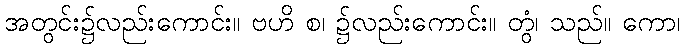
အတွင်း၌လည်းကောင်း။ ဗဟိ စ၊ ၌လည်းကောင်း။ တွံ၊ သည်။ ကော၊